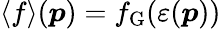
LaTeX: \langle f\rangle(\boldsymbol{p})=f_{\mathrm{G}}(\varepsilon(\boldsymbol{p}))